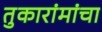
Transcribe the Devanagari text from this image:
तुकारांमांचा